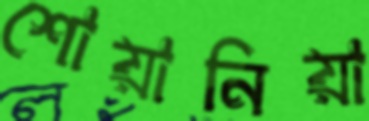
শোয়ানিয়া